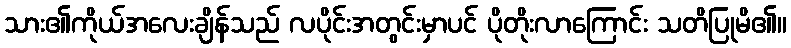
သား၏ကိုယ်အလေးချိန်သည် လပိုင်းအတွင်းမှာပင် ပိုတိုးလာကြောင်း သတိပြုမိ၏။